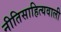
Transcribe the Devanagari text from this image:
नीतिसाहित्यवाली